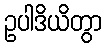
ဥပါဒိယိတွာ